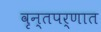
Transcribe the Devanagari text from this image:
वृन्तपर्णात